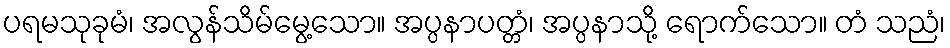
ပရမသုခုမံ၊ အလွန်သိမ်မွေ့သော။ အပ္ပနာပတ္တံ၊ အပ္ပနာသို့ ရောက်သော။ တံ သညံ၊